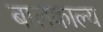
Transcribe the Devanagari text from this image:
बालकाल्य